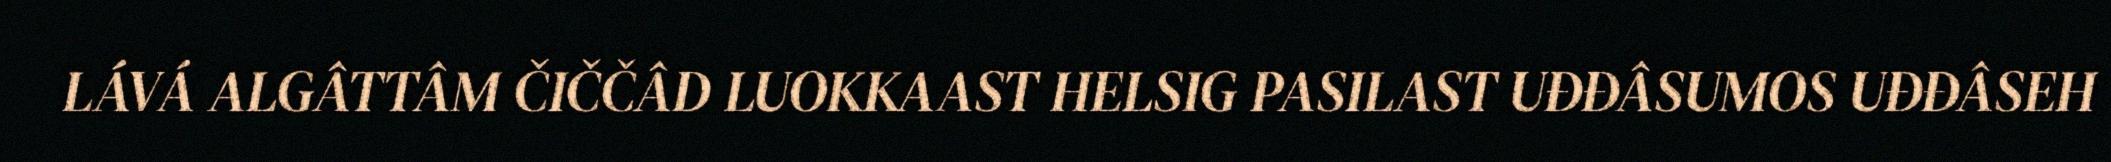
LÁVÁ ALGÂTTÂM ČIČČÂD LUOKKAAST HELSIG PASILAST UĐĐÂSUMOS UĐĐÂSEH